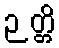
ဉတ္တိ